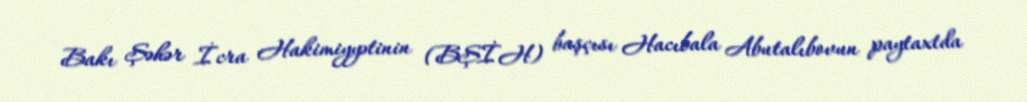
Bakı Şəhər İcra Hakimiyyətinin (BŞİH) başçısı Hacıbala Abutalıbovun paytaxtda